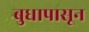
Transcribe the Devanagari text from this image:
बुधापासून